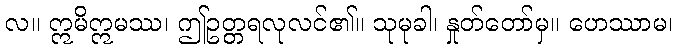
လ။ ဣမိဣမဿ၊ ဤဥတ္တရလုလင်၏။ သုမုခါ၊ နှုတ်တော်မှ။ ဟေဿာမ၊